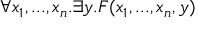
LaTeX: \forall x _ { 1 } , . . . , x _ { n } . \exists y . F ( x _ { 1 } , . . . , x _ { n } , y )